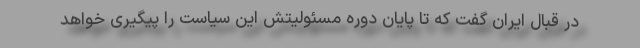
در قبال ایران گفت که تا پایان دوره مسئولیتش این سیاست را پیگیری خواهد